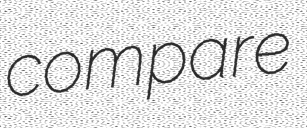
compare